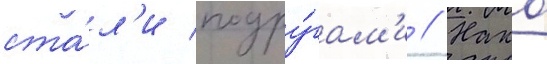
ста́л'и подру́гам'и // Нако